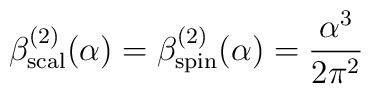
\beta^{(2)}_{\rm scal}(\alpha )= \beta^{(2)}_{\rm spin}(\alpha ) =  {{\alpha}^3\over{2{\pi}^2}}\quad